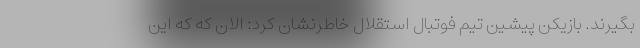
بگیرند. بازیکن پیشین تیم فوتبال استقلال خاطرنشان کرد: الان که که این